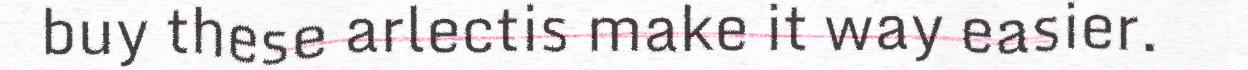
buy these arlectis make it way easier.